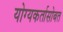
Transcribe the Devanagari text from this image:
योग्यकर्तासोबत